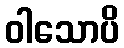
ဝါသောပိ